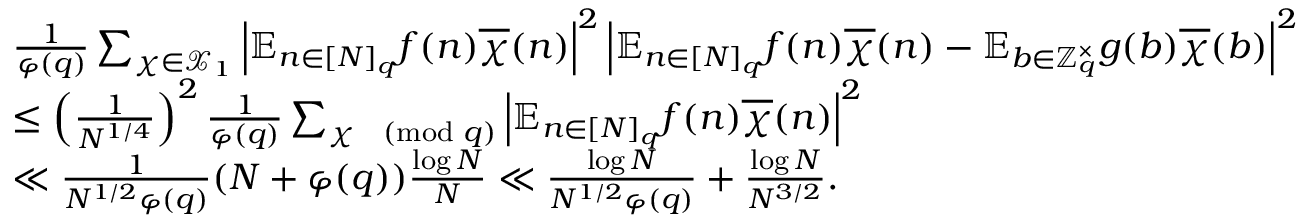
\begin{array} { r } { \begin{array} { r l } & { \frac { 1 } { \varphi ( q ) } \sum _ { \chi \in \mathcal { X } _ { 1 } } \left| \mathbb { E } _ { n \in [ N ] _ { q } } f ( n ) \overline { { \chi } } ( n ) \right| ^ { 2 } \left| \mathbb { E } _ { n \in [ N ] _ { q } } f ( n ) \overline { { \chi } } ( n ) - \mathbb { E } _ { b \in \mathbb { Z } _ { q } ^ { \times } } g ( b ) \overline { { \chi } } ( b ) \right| ^ { 2 } } \\ & { \leq \left( \frac { 1 } { N ^ { 1 / 4 } } \right) ^ { 2 } \frac { 1 } { \varphi ( q ) } \sum _ { \chi \pmod { q } } \left| \mathbb { E } _ { n \in [ N ] _ { q } } f ( n ) \overline { { \chi } } ( n ) \right| ^ { 2 } } \\ & { \ll \frac { 1 } { N ^ { 1 / 2 } \varphi ( q ) } ( N + \varphi ( q ) ) \frac { \log N } { N } \ll \frac { \log N } { N ^ { 1 / 2 } \varphi ( q ) } + \frac { \log N } { N ^ { 3 / 2 } } . } \end{array} } \end{array}